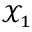
\mathcal { X } _ { 1 }